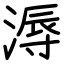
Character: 溽